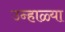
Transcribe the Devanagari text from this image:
उन्हाळ्या